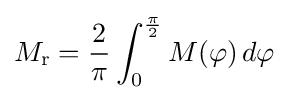
M_{\text{r}}={\frac {2}{\pi }}\int _{0}^{\frac {\pi }{2}}M(\varphi )\,d\varphi